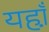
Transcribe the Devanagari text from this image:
यहा़ँ